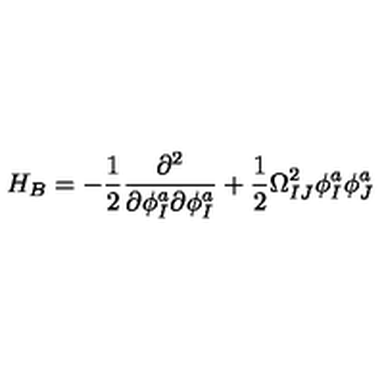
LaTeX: H _ { B } = - \frac { 1 } { 2 } \frac { \partial ^ { 2 } } { \partial \phi _ { I } ^ { a } \partial \phi _ { I } ^ { a } } + \frac { 1 } { 2 } \Omega _ { I J } ^ { 2 } \phi _ { I } ^ { a } \phi _ { J } ^ { a }